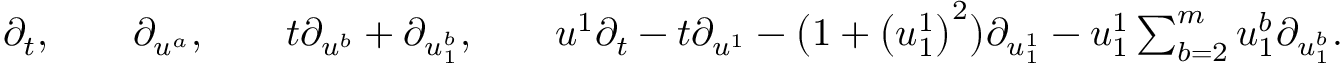
\begin{array} { r } { \partial _ { t } , \qquad \partial _ { u ^ { a } } , \qquad t \partial _ { u ^ { b } } + \partial _ { u _ { 1 } ^ { b } } , \qquad u ^ { 1 } \partial _ { t } - t \partial _ { u ^ { 1 } } - \bigl ( 1 + \bigl ( u _ { 1 } ^ { 1 } \bigr ) ^ { 2 } \bigr ) \partial _ { u _ { 1 } ^ { 1 } } - u _ { 1 } ^ { 1 } \sum _ { b = 2 } ^ { m } u _ { 1 } ^ { b } \partial _ { u _ { 1 } ^ { b } } . } \end{array}